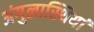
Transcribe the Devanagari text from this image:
अंगुलास्थियां